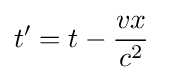
t^{\prime }=t-{\frac {vx}{c^{2}}}\